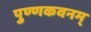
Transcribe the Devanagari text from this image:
पुण्णकवनम्